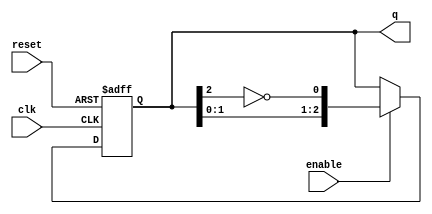
module johnson_counter #(
    parameter N = 3  // Number of flip-flops
)(
    input wire clk,          // Clock input
    input wire reset,        // Asynchronous reset
    input wire enable,       // Enable signal for counting
    output reg [N-1:0] q     // Counter output
);

// Internal signal for the inverted last flip-flop output
wire inverted_last;

assign inverted_last = ~q[N-1]; // Invert the last flip-flop output

// Synchronous process for the Johnson Counter
always @(posedge clk or posedge reset) begin
    if (reset) begin
        q <= 0; // Reset the counter to 0
    end else if (enable) begin
        // Shift the values and feed the inverted last flip-flop to the first
        q <= {q[N-2:0], inverted_last};
    end
end

endmodule